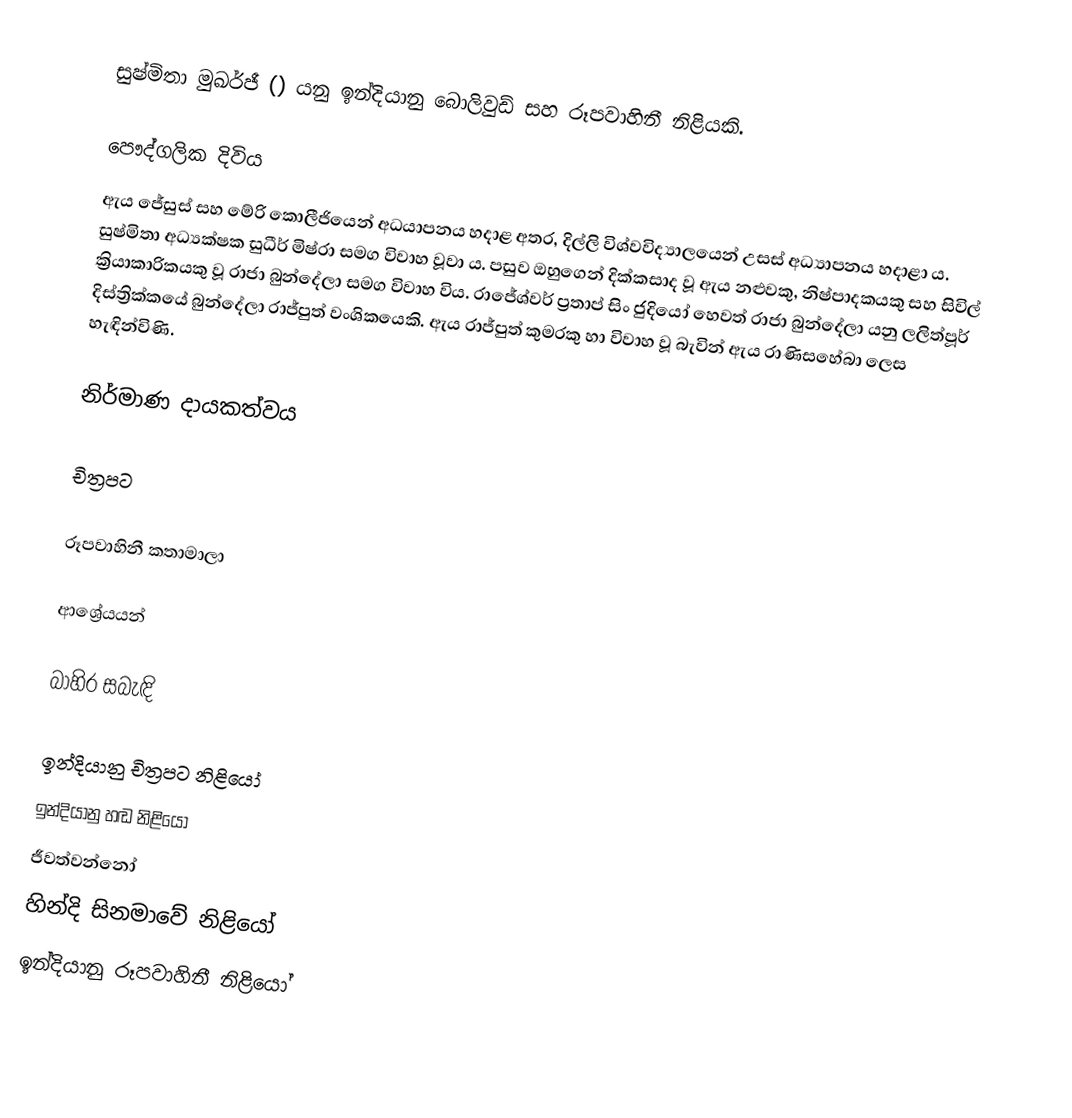
සුෂ්මිතා මුඛර්ජී () යනු ඉන්දියානු බොලිවුඩ් සහ රූපවාහිනී නිළියකි.

පෞද්ගලික දිවිය
ඇය ජේසුස් සහ මේරි කොලීජියෙන් අධයාපනය හදාළ අතර, දිල්ලි විශ්වවිද්‍යාලයෙන් උසස් අධ්‍යාපනය හදාළා ය. සුෂ්මිතා අධ්‍යක්ෂක සුධීර් මිෂ්රා සමග විවාහ වූවා ය. පසුව ඔහුගෙන් දික්කසාද වූ ඇය නළුවකු, නිෂ්පාදකයකු සහ සිවිල් ක්‍රියාකාරිකයකු වූ රාජා බුන්දේලා සමග විවාහ විය. රාජේශ්වර් ප්‍රතාප් සිං ජුදියෝ හෙවත් රාජා බුන්දේලා යනු ලලිත්පූර් දිස්ත්‍රික්කයේ බුන්දේලා රාජ්පුත් වංශිකයෙකි. ඇය රාජ්පුත් කුමරකු හා විවාහ වූ බැවින් ඇය රාණිසහේබා ලෙස හැඳින්විණි.

නිර්මාණ දායකත්වය

චිත්‍රපට

රූපවාහිනී කතාමාලා

ආශ්‍රේයයන්

බාහිර සබැඳි

ඉන්දියානු චිත්‍රපට නිළියෝ
ඉන්දියානු හඬ නිළියෝ
ජීවත්වන්නෝ
හින්දි සිනමාවේ නිළියෝ
ඉන්දියානු රූපවාහිනී නිළියෝ